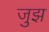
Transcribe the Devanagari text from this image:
जुझ